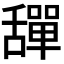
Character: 𦧴